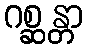
ဂစ္ဆန္တာ